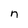
Character: n